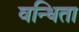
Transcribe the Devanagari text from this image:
वन्धिता